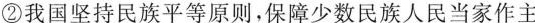
② 我国坚持民族平等原则，保障少数民族人民当家作主